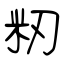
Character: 籾